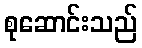
စုဆောင်းသည်